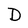
Character: D